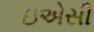
ઇએસી